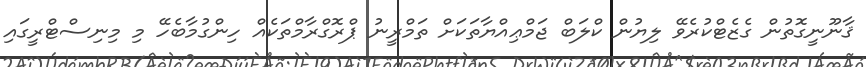
ޤާނޫނީގޮތުން ގެޒެޓްކުރެވޭ ލިޔުން ކްލަބް ޖަމްޢިއްޔާތަކަށް ތަމްރީނު ޕްރޮގްރާމްތަކެއް ހިންގުމާބެހޭ މި މިނިސްޓްރީގައި